Indian journal of veterinary science and animal husbandry - Volume 5,
Year: 1935
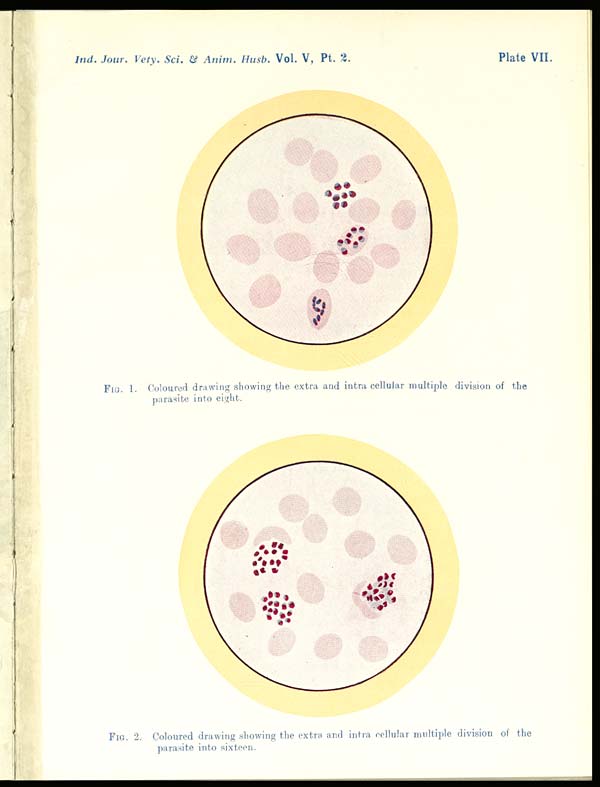
Ind. Jour, Vety. Sci. & Anim. Hush. Vol. V, Pt. 2.
Plate VII.
FIG. 1. Coloured drawing showing the extra and intra cellular multiple division of the
parasite into eight.
FIG. 2. Coloured drawing showing the extra and intra cellular multiple diwsion of the
parasite into sixteen.